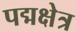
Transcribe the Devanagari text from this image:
पद्मक्षेत्र